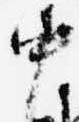
中